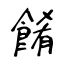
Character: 餚